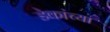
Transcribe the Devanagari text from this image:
डेकांच्या